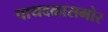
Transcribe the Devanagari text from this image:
पायदळासमोर